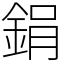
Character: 鋗